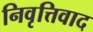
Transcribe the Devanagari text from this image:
निवृत्तिवाद